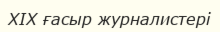
XIX ғасыр журналистері